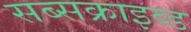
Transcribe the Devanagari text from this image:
सब्सक्राइब्ड